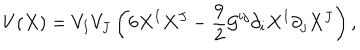
V ( X ) = V _ { I } V _ { J } \left( 6 X ^ { I } X ^ { J } - { \frac { 9 } { 2 } } { \cal G } ^ { i j } \partial _ { i } X ^ { I } \partial _ { j } X ^ { J } \right) ,